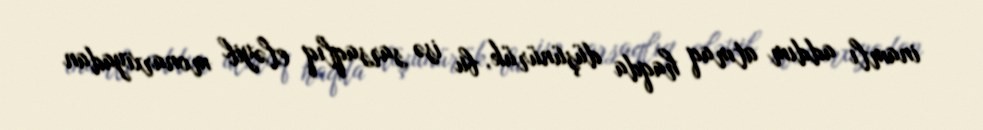
inamlı addım atmaq haqda düşünürük, bu isə sarsaqlıq eləyib monarxiyadan